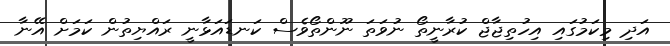
އަދި މިކަމުގައި އިހުތިޖާޖް ކުރާނީތޯ ނުވަތަ ނޫންތޯވެސް ކަނޑައަޅާނީ ރައްޔިތުން ކަމަށް އޭނާ